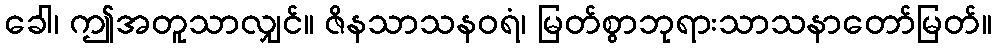
ခေါ၊ ဤအတူသာလျှင်။ ဇိနသာသနဝရံ၊ မြတ်စွာဘုရားသာသနာတော်မြတ်။